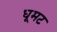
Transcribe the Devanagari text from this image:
धूमट